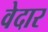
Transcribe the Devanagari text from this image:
वेदार